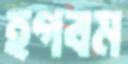
হগবম